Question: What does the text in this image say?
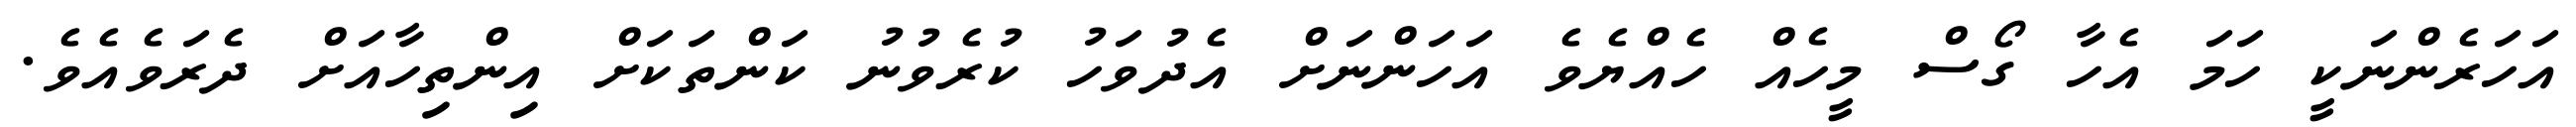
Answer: އަހަރެންނަކީ ހަމަ އެހާ ގޯސް މީހެއް ހެއްޔެވެ އަހަންނަށް އެދުވަހު ކުރެވުނު ކަންތަކަށް އިންތިހާއަށް ދެރަވެއެވެ.